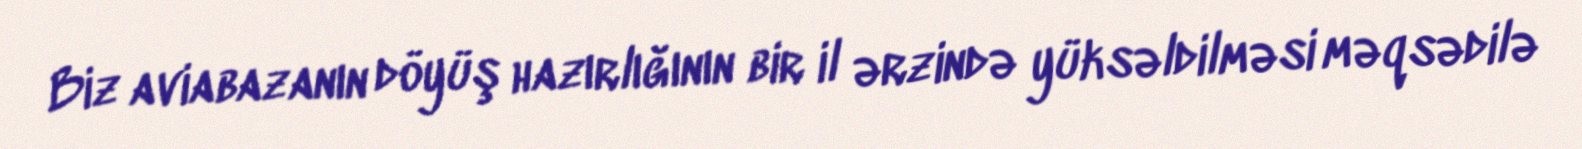
Biz aviabazanın döyüş hazırlığının bir il ərzində yüksəldilməsi məqsədilə